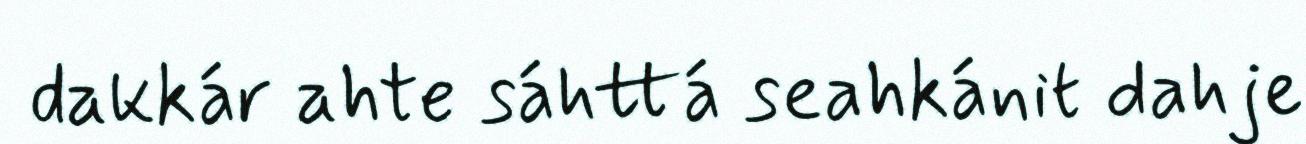
dakkár ahte sáhttá seahkánit dahje